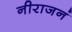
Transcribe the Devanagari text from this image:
नीराजनं